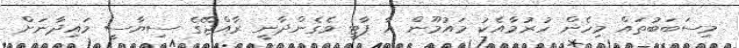
މިސަބަބުތައް މިހެން ހުރުމާއެކު މައުމޫން އާ ޕާޓީ ވެގެންދާނީ ރާއްޖޭގެ ސިޔާސީ މައިދާނަށް